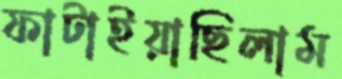
ফাটাইয়াছিলাম